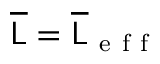
\overline { { \mathsf { L } } } = \overline { { \mathsf { L } } } _ { \mathrm { ~ e ~ f ~ f ~ } }